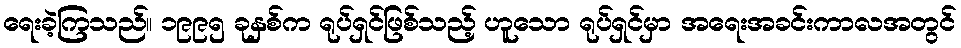
ရေးခဲ့ကြသည်။ ၁၉၉၅ ခုနှစ်က ရုပ်ရှင်ဖြစ်သည့် ဟူသော ရုပ်ရှင်မှာ အရေးအခင်းကာလအတွင်